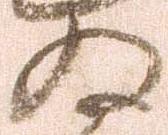
為